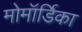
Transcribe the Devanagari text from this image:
मोमॉर्डिका